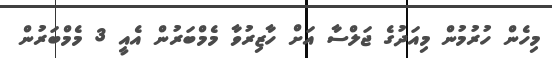
މިހެން ހުރުމުން މިއަދުގެ ޖަލްސާ އަށް ހާޒިރުވާ މެމްބަރުން އެއީ 3 މެމްބަރުން